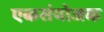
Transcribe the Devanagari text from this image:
एकसंयोजक